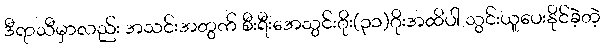
ဒီရာသီမှာလည်း အသင်းအတွက် စီးရီးအေသွင်းဂိုး(၃၁)ဂိုးအထိပါ သွင်းယူပေးနိုင်ခဲ့တဲ့